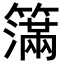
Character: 𥵥